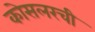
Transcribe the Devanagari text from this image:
कोसलरची